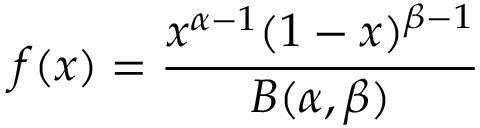
f ( x ) = { \frac { x ^ { \alpha - 1 } ( 1 - x ) ^ { \beta - 1 } } { B ( \alpha , \beta ) } }